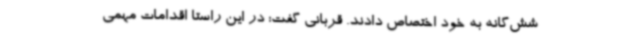
شش‌گانه به خود اختصاص دادند. قربانی گفت: در این راستا اقدامات مهمی